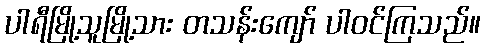
ပါရီမြို့သူမြို့သား တသန်းကျော် ပါဝင်ကြသည်။